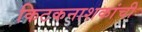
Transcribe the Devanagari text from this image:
किटकनाशकांची